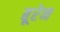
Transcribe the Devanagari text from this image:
बूरेन